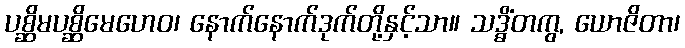
ပစ္ဆိမပစ္ဆိမေဟေဝ၊ နောက်နောက်ဒုက်တို့နှင့်သာ။ သဒ္ဓိံတကွ, ယောဇိတာ၊